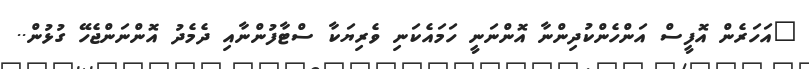
"އަހަރެން އޮފީސް އަންހެންކުދިންނާ އޮންނަނީ ހަމައެކަނި ވެރިޔަކާ ސްޓާފުންނާއި ދެމެދު އޮންނަންޖެހޭ ގުޅުން..